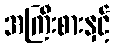
အကြီးစားနှင့်